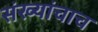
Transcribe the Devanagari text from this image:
संख्यांचाच